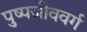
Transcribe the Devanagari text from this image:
पुष्पजीववर्ग